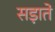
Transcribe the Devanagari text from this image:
सड़ाते